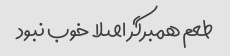
طعم همبرگر اصلا خوب نبود